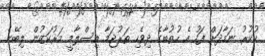
ހުކުރު ނަމާދަށް ފަހު އެ ހުތުބާގެ ދިވެހި ތަރުޖަމާ އިސްލާމީ މަރުކަޒުން ލިބޭނެ